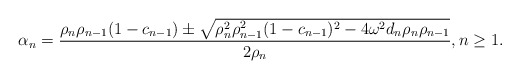
\begin{align*}\alpha_n = \dfrac{\rho_{n}\rho_{n-1}(1-c_{n-1})\pm \sqrt{\rho_{n}^2\rho_{n-1}^2(1-c_{n-1})^2-4\omega^2d_n\rho_{n}\rho_{n-1}}}{2\rho_{n}}, n \geq 1.\end{align*}